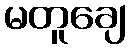
မတူချေ